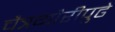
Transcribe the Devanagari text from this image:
चैत्रगौरीपुढे